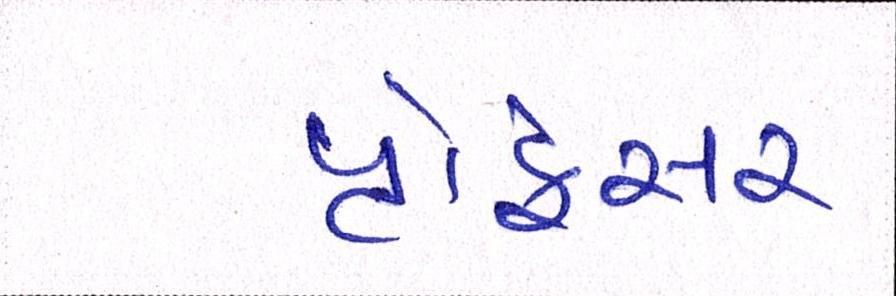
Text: પ્રોફેસર